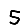
Digit: 5